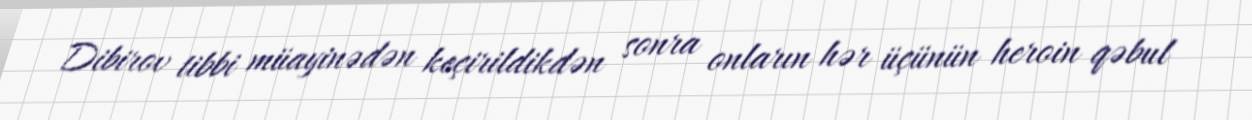
Dibirov tibbi müayinədən keçirildikdən sonra onların hər üçünün heroin qəbul